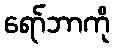
ရော်ဘာကို